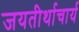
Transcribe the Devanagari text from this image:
जयतीर्थाचार्य